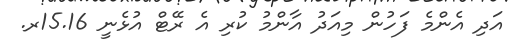
އަދި އެންމެ ފަހުން މިއަދު އާންމު ކުރި އެ ރޭޓް އުޅެނީ 15.16ރ.